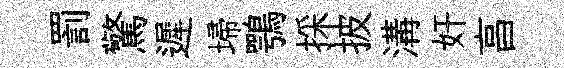
罰驚遲埽鶚採披溝奸亯